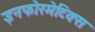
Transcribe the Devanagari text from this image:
इनफोरमेटिक्स